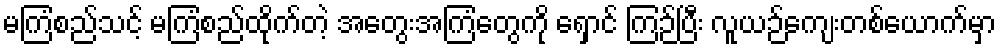
မကြံစည်သင့် မကြံစည်ထိုက်တဲ့ အတွေးအကြံတွေကို ရှောင် ကြဉ်ပြီး လူယဉ်ကျေးတစ်ယောက်မှာ